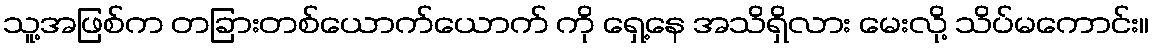
သူ့အဖြစ်က တခြားတစ်ယောက်ယောက် ကို ရှေ့နေ အသိရှိလား မေးလို့ သိပ်မကောင်း။